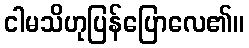
ငါမသိဟုပြန်ပြောလေ၏။